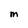
Character: M